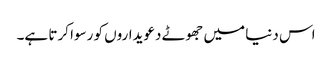
اس دنیا میں جھوٹے دعویداروں کو رسوا کرتا ہے۔